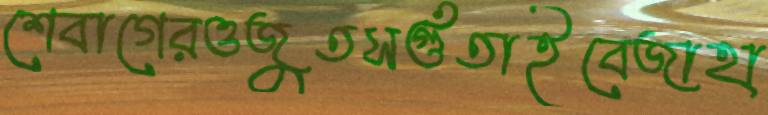
শেবাগেরওজুতসগুঁতাইবেজাহা